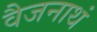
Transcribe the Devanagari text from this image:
वैजनाथं